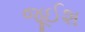
જૂઈશ